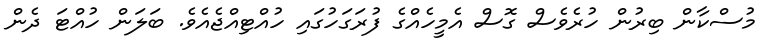
މުސްކާން ބިރުން ހުރެވެސް ގޮސް އެމީހެއްގެ ފުރަގަހުގައި ހުއްޓިއްޖެއެވެ. ބަލަން ހުއްޓަ ދެން